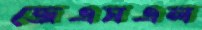
জেএসএল